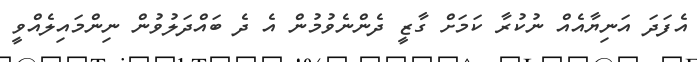
އެފަދަ އަނިޔާއެއް ނުކުރާ ކަމަށް ގާޒީ ދެންނެވުމުން އެ ދެ ބައްދަލުވުން ނިންމައިލެއްވީ